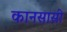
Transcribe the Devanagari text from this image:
कानसासी